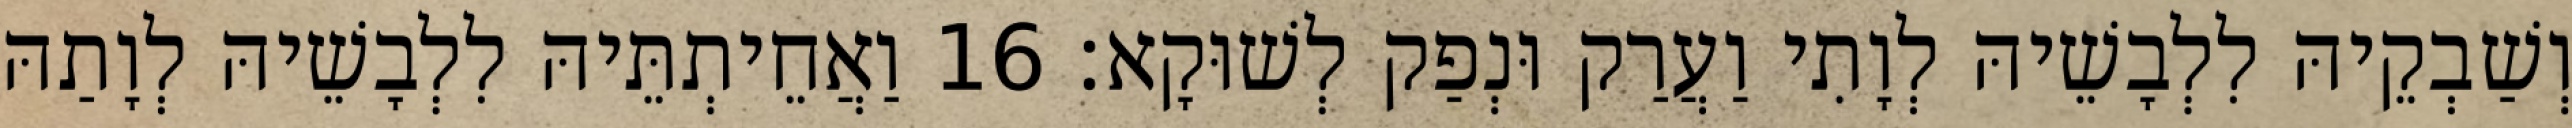
וְשַׁבְקֵיהּ לִלְבָשֵׁיהּ לְוָתִי וַעֲרַק וּנְפַק לְשׁוּקָא׃ 16 וַאֲחֵיתְתֵּיהּ לִלְבָשֵׁיהּ לְוָתַהּ